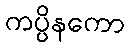
ကပ္ပိနကော